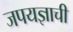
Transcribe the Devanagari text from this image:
जपयज्ञाची